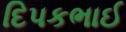
દિપકભાઈ